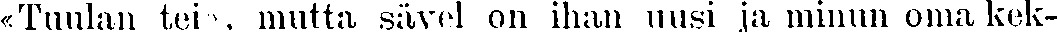
«Tuulan tei», mutta sävel on ihan uusi ja minun oma kek-